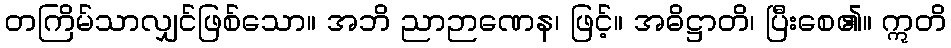
တကြိမ်သာလျှင်ဖြစ်သော။ အဘိ ညာဉာဏေန၊ ဖြင့်။ အဓိဋ္ဌာတိ၊ ပြီးစေ၏။ ဣတိ